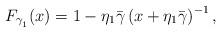
LaTeX: \begin{align*} F_{\gamma_{_1}}(x) = 1-\eta_1\bar{\gamma}\left(x+\eta_1\bar{\gamma}\right)^{-1},\end{align*}